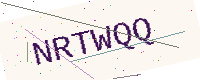
Text: NRTWQQ